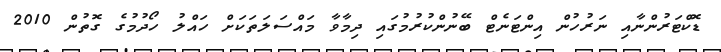
ޑޮކްޓަރުންނާއި ނަރުހުން އިންޓަނެޓް ބޭނުންކުރުމުގައި ދިމާވާ މައްސަލަތަކަށް ހައްލު ހޯދުމުގެ ގޮތުން 2010